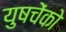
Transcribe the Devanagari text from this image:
युषचेंको